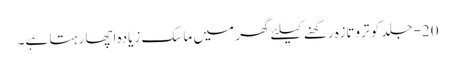
20-جلد کو تروتازہ رکھنے کیلئے گھر میں ماسک زیادہ اچھا رہتا ہے۔